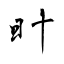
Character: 旪